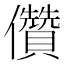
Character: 儹